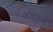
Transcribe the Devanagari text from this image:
अंकुरले